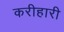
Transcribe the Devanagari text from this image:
करीहारी